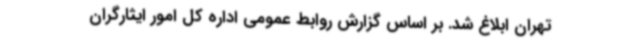
تهران ابلاغ شد. بر اساس گزارش روابط عمومی اداره کل امور ایثارگران